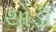
થોડૉ